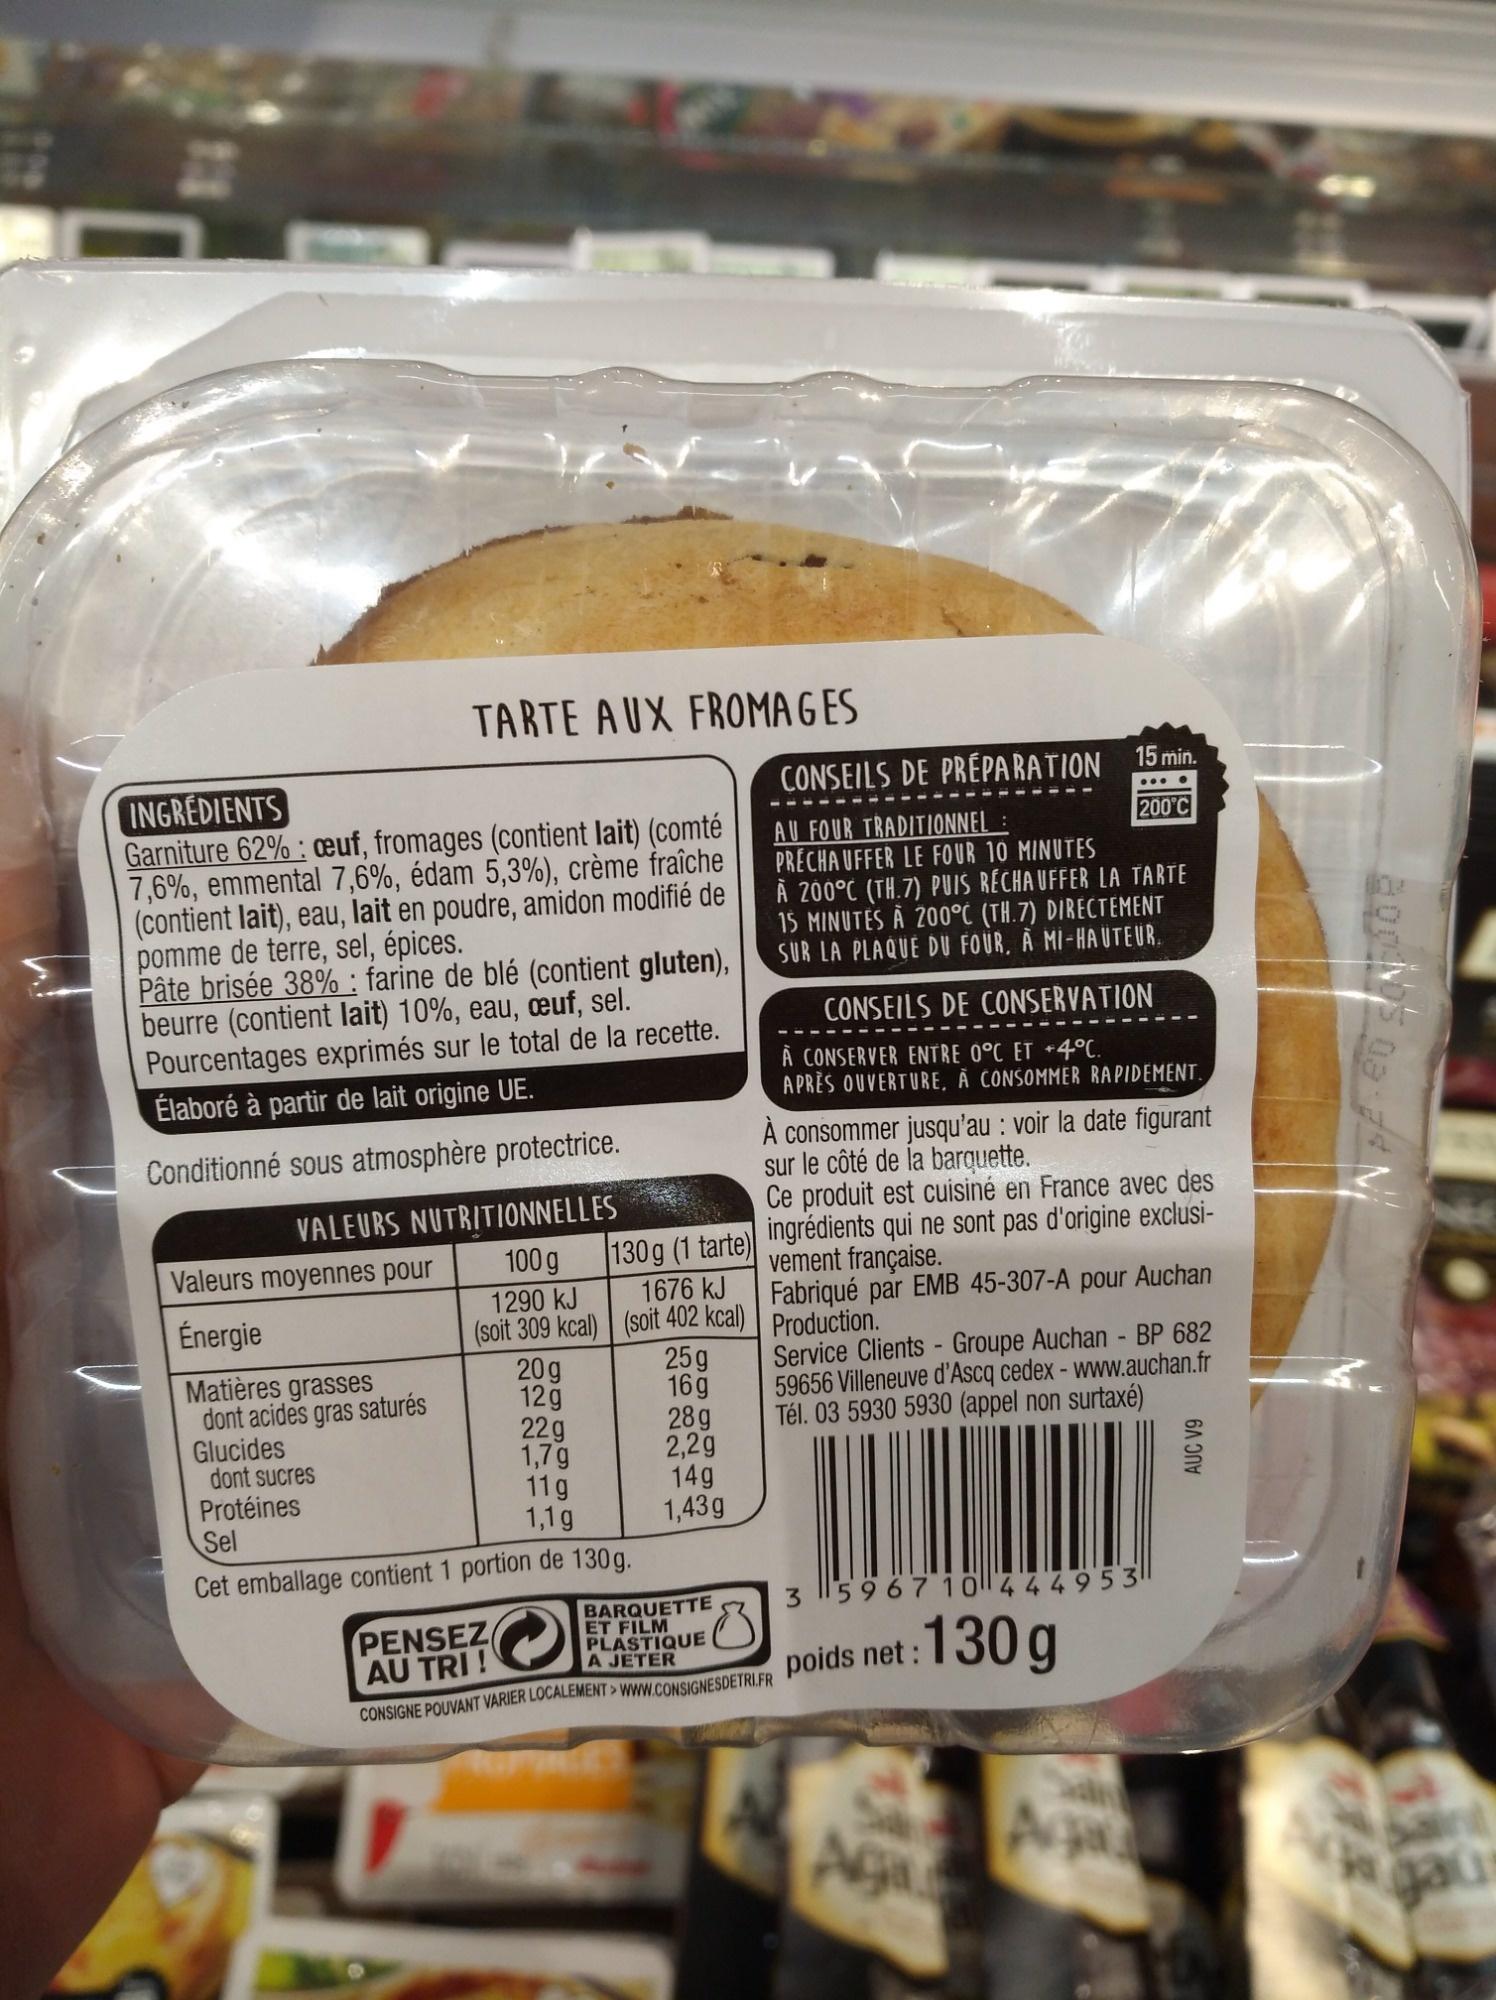
INGREDIENTS
Garniture 62%: œuf, fromages (contient lait) (comté 7,6%, emmental 7,6%, édam 5,3%), crème fraîche (contient lait), eau, lait en poudre, amidon modifié de pomme de terre, sel, épices.
Pâte brisée 38% : farine de blé (contient gluten), beurre (contient lait) 10%, eau, œuf, sel. Pourcentages exprimés sur le total de la recette. Élaboré à partir de lait origine UE.
Conditionné sous atmosphère protectrice.
Valeurs moyennes pour
Énergie
Matières grasses
dont acides gras saturés
Glucides
TARTE AUX FROMAGES
VALEURS NUTRITIONNELLES
100 g
1290 kJ
(soit 309 kcal)
dont sucres
Protéines
20g
12g
22g
1,7g
1676 kJ
(soit 402 kcal)
25g
16g
11g
1,1g
Sel
Cet emballage contient 1 portion de 130g.
Ce produit est cuisiné en France avec des
130g (1 tarte) ingrédients qui ne sont pas d'origine exclusivement française.
28g
2,2g
14g
1,43g
BARQUETTE ET FILM PLASTIQUE A JETER
CONSEILS DE PRÉPARATION 15 min.
AU FOUR TRADITIONNEL :
200°C
PRECHAUFFER LE FOUR 10 MINUTES
À 200°C (TH.7) PUIS RÉCHAUFFER LA TARTE 15 MINUTES A 200°C (TH.7) DIRECTEMENT SUR LA PLAQUE DU FOUR, A MI-HAUTEUR.
CONSEILS DE CONSERVATION
A CONSERVER ENTRE 0°C ET +4°C. APRÈS OUVERTURE, A CONSOMMER RAPIDEMENT.
À consommer jusqu'au : voir la date figurant
sur le côté de la barquette.
PENSEZ
AU TRI !
CONSIGNE POUVANT VARIER LOCALEMENT> WWW.CONSIGNESDETRI.FR
Fabriqué par EMB 45-307-A pour Auchan Production.
Service Clients - Groupe Auchan - BP 682 59656 Villeneuve d'Ascq cedex - www.auchan.fr
Tél. 03 5930 5930 (appel non surtaxé)
35967 10444953
130 g
poids net :
AUC V9
CU